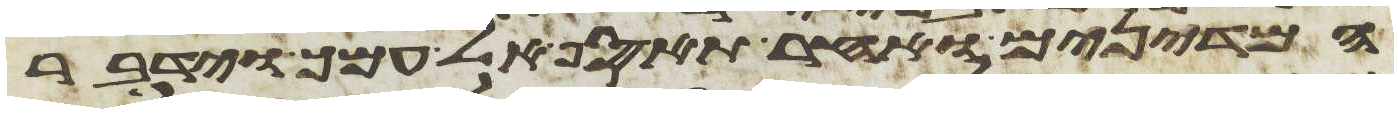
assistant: המדינים ואחר תאסף אל עמך וידבר